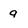
Character: q